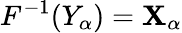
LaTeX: F^{-1}(Y_{\alpha})=\mathbf{X}_{\alpha}